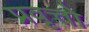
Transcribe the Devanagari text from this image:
प्रवृत्तो